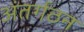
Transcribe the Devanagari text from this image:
अंतर्गठन